Punjab Mental Hospital Lahore 1932-46 - 1932-1946
Year: 1932
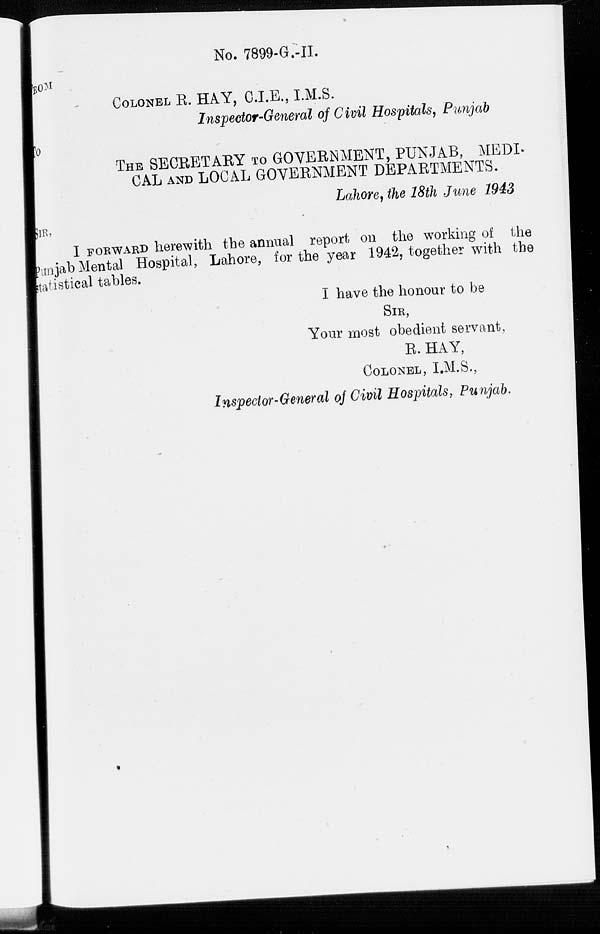
No. 7899-G.-II.
FROM
COLONEL R. HAY, C.I.E., I.M.S.
Inspector-General of Civil Hospitals, Punjab
To
THE SECRETARY TO GOVERNMENT, PUNJAB, MEDI-
CAL AND LOCAL GOVERNMENT DEPARTMENTS.
Lahore, the 18th June 1943
SIR,
I FORWARD herewith the annual report on the working of the
Punjab Mental Hospital, Lahore, for the year 1942, together with the
statistical tables.
I have the honour to be
SIR,
Your most obedient servant,
R. HAY,
COLONEL, I.M.S.,
Inspector-General of Civil Hospitals, Punjab.